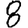
Digit: 8